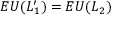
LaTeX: E U ( L _ { 1 } ^ { \prime } ) = E U ( L _ { 2 } )